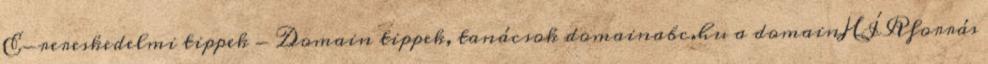
E-rereskedelmi tippek - Domain tippek, tanácsok domainabc.hu a domainHÍRforrás